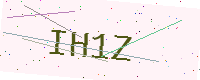
Text: IH1Z